Civil Veterinary Dept. Assam report 1927-50 - 1927-1950
Year: 1927
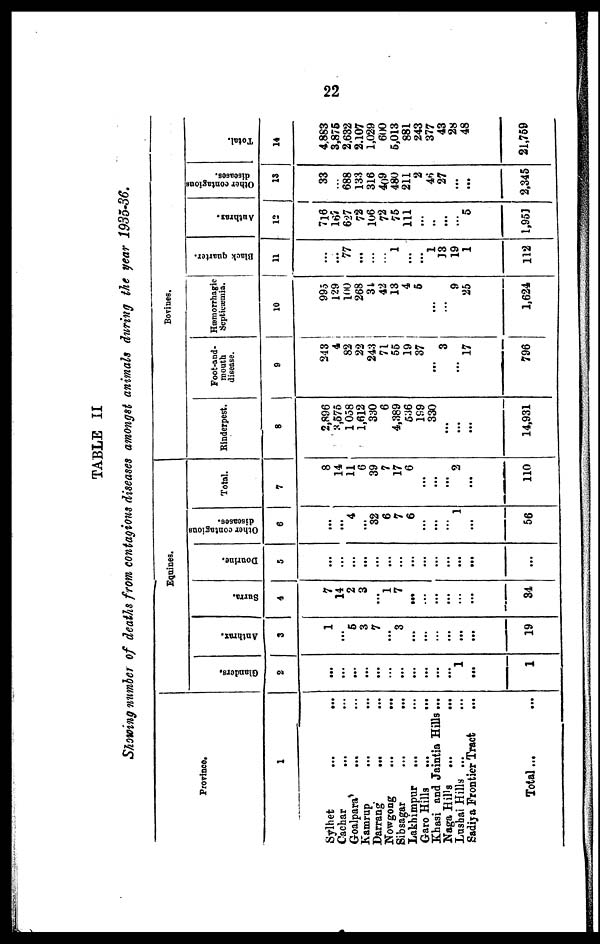
22
TABLE II
Showing number of deaths from contagions diseases amongst animals during the year 1935-36.
Province.
1
Sylhet ... ...
Cachar ... ...
Goalpara ... ...
Kamrup ... ...
Darrang ... ...
Nowgong
...
...
Sibsagar
...
...
Lakhimpur
... ...
Garo Hills
...
...
Khasi and Jaintia Hills ...
Naga Hil's
...
...
Lusbai Hills ... ...
Sadiya Frontier Tract ...
Total... ...
Equines.
Glanders.
2
...
...
...
...
...
...
...
...
...
...
...
1
...
1
Anthrax.
3
1
...
5
3
7
...
3
...
...
...
...
...
...
19
Surra.
4
7
14
2
3
...
1
7
...
...
...
...
...
...
34
Dourine.
5
...
...
...
...
...
...
...
...
...
...
...
...
...
...
Other contagious
diseases.
6
...
...
4
...
32
6
7
6
...
...
...
1
...
56
Total.
7
8
14
11
6
39
7
17
6
...
...
...
2
...
110
Bovines.
Rinderpest.
8
2,896
3,575
1 058
1,612
330
6
4,389
536
199
330
...
...
...
14,931
Foot-and-
mouth
disease.
9
243
4
82
22
243
71
55
19
37
...
3
...
17
796
Hæmorrhagic
Septicæmia.
10
995
129
100
268
31
42
13 4
5
...
...
9
25
1,624
Black quarter.
11
...
...
77
...
...
...
1
...
...
1
13
19
1
112
Anthrax.
12
716
167
627
72
106
72
75
111
...
..
...
...
5
1,951
Other contagions
diseases.
13
33
...
688
133
316
4()9
480
211
2
46
27
...
...
2,345
Total.
14
4,883
3,875
2,632
2.107
1,029
600
5,013
881
243
377
43
28
48
21,759